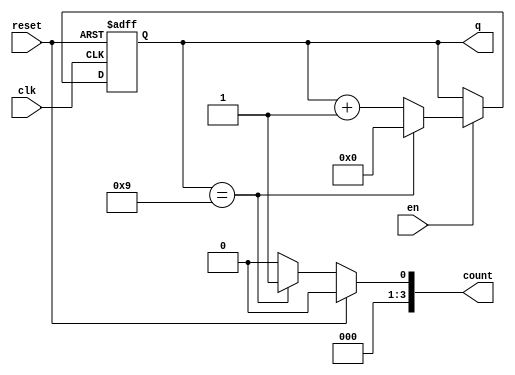
module cnt10 (
    reset,
    en,
    clk,
    q,
    count
);
    
    input reset;
    input en;
    input clk;
    output reg [3:0] q;
    output reg [3:0] count;

    always @(posedge clk or posedge reset)
    begin
        if(reset)
        begin
            q <= 4'b0000;
        end
        else if(en)
        begin
            if(q == 4'b1001)
            begin
                q <= 4'b0000;
            end
            else
            begin
                q <= q + 1;
            end
        end
    end
always @(reset or q)
begin
    if (reset)
    begin
        count <= 4'b0000;
    end
    else if (q == 4'b1001)
    begin
        count <= 1;
    end
    else
    begin
        count <= 0;
    end
end


endmodule